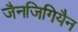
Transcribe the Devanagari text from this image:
जैनजिगियैन